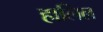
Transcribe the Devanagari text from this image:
हालिल